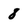
Character: 8